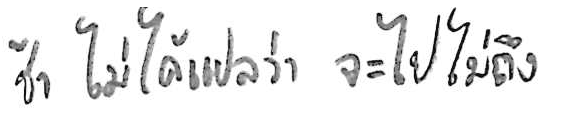
ช้า ไม่ได้แปลว่า จะไปไม่ถึง